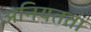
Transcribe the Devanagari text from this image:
अनियतता